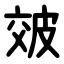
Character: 㿰